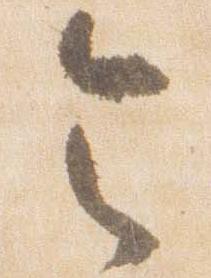
令